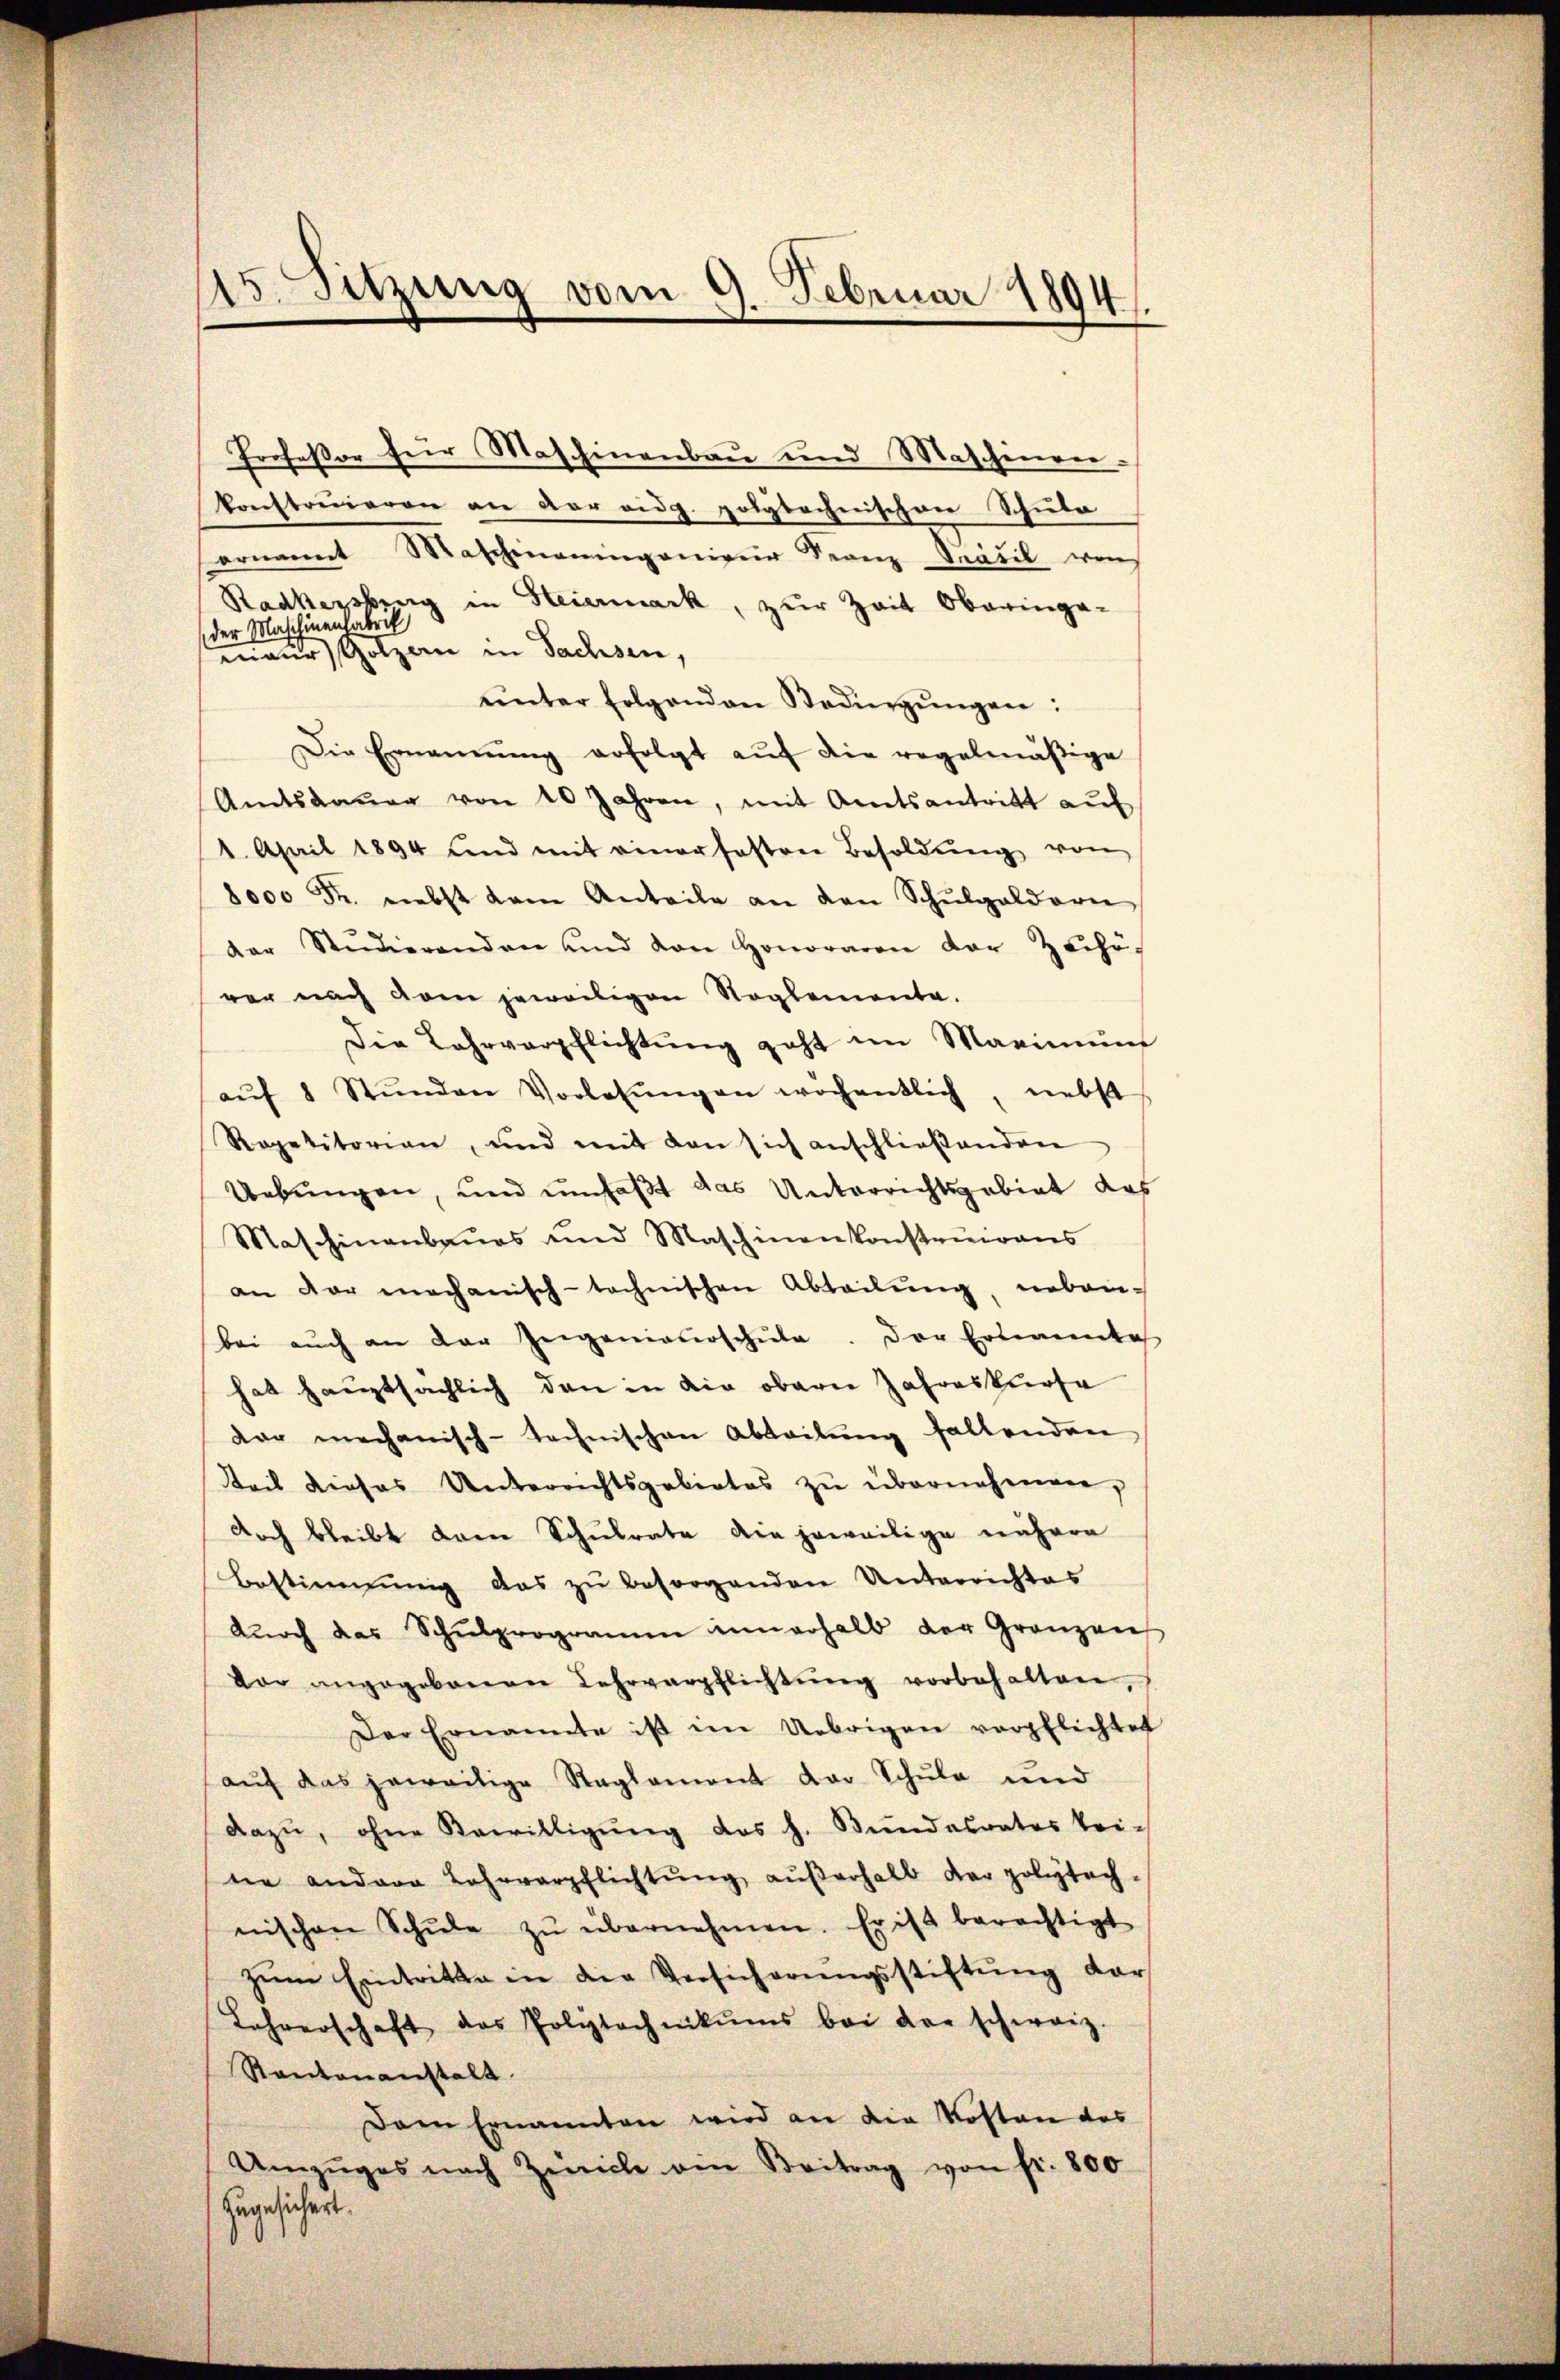
15. Sitzung vom 9. Februar 1894.

nieur Golzern in Sachsen,
ŭnter folgenden Bedingŭngen:
Die Ernannŭng erfolgt aŭf die regelmäβige
Amtsdaŭer von 20 Jahren, mit Amtsantritt aŭf
1. April 1894 und mit einer fasten Besoldŭng von
8000 Fr. nebst dem Anteile an den Schŭlgeldern
der Studierenden und von Honoraren der Zechö-
ver nach dem jeweiligen Naglemente.
Die Lahrverpflichtung geht im Marinung
aŭf 8 Stŭnden Vorlesŭngen wochentlich, nebst
Repetitorian, und mit den sich anschließenden
Uebungen, und umfaßt das Unterrichtsgebiet das
Maschinenbaŭes und Maschinenkonstruirens
an der mechanisch-technischen Abteilŭng, neben-
bei aŭch an der Ziegenieŭrschŭle. Der Ernannte
hat hauptsächlich den in die obern Jahreskurse
dar mechanisch-technischen Abteilŭng fallenden
Teil dieses Unterrechtsgebietes zŭ übernehmen,
doch bleibt dann Schulrate die jeweilige nähere
Bestimmung das zŭ besorgenden Unterrichtes
dŭrch das Schŭlprogramm innerhalb der Granzen
dor angegebenen Lehrverpflichtŭng vorbehalten,
Der Ernannte ist im Uebrigen verpflichtet
aŭf das jeweitige Reglement der Schule und
dazu, ohne Bewilligung des h. Bundesrates tei-
ne andere Lehrverpflichtŭng aŭβerhalb der polytech-
nischen Schŭle zŭ übernehmen. Er ist berechtigt
zŭm Eintritte in die Versicherŭngsstiftŭng dar
Lehrerschaft das Polytechnikums bei der schweiz.
Rantonanstalt.
Dem Ernannten wird an die Kosten das
Umzŭges nach Züriche ein Beitrag von fr. 800
zugesichert.

Profeßor für Maschinenbau und Maschinen-
konstruieren an der eidg. polytechnischen Schule
ornannt Maschineingenieur Franz Srävil, was
Radkersburg in Steiermark, zur Zeit Obaringe-

der Maschinenfabrik